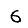
Digit: 6